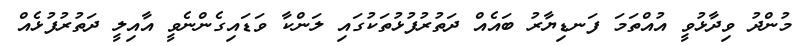
މުންދު ވިދާޅުވީ އުއްތަމަ ފަނޑިޔާރު ބައެއް ދަތުރުފުޅުތަކުގައި ލަންކާ ވަޑައިގެންނެވީ އާއިލީ ދަތުރުފުޅެއް